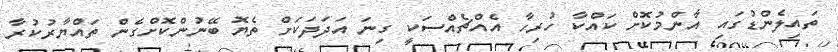
ތައިލެންޑުގައި އާންމުކޮށް ކައްކާ ހުރިހާ އެއްޗެއްސަކީ ގިނަ އަދަދަކަށް ތެޔޮ ބޭނުންކޮށްގެން ތައްޔާރުކުރާ